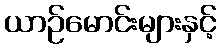
ယာဉ်မောင်းများနှင့်